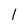
Character: l